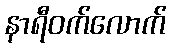
နာရီဝက်လောက်